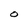
Character: O